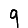
Digit: 9